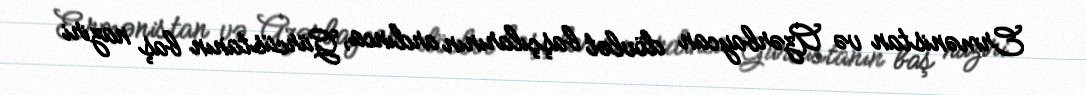
Ermənistan və Azərbaycan dövlət başçılarının ardınca, Gürcüstanın baş naziri